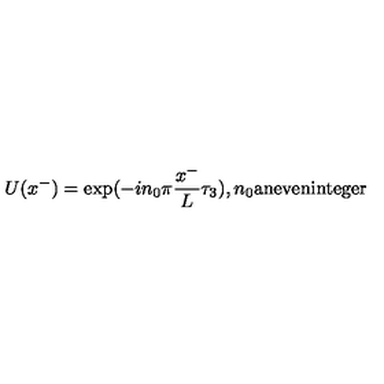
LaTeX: U ( x ^ { - } ) = \exp ( { - i n _ { 0 } \pi { \frac { x ^ { - } } { L } } \tau _ { 3 } ) } , n _ { 0 } \mathrm { { a n e v e n i n t e g e r } }